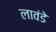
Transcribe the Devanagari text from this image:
लावंडे